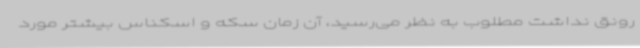
رونق نداشت مطلوب به نظر می‌رسید، آن زمان سکه و اسکناس بیشتر مورد